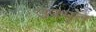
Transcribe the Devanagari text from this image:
उपभृत